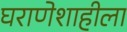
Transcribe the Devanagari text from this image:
घराणेशाहीला